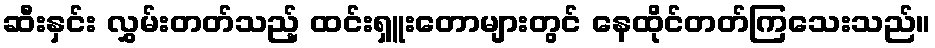
ဆီးနှင်း လွှမ်းတတ်သည့် ထင်းရှူးတောများတွင် နေထိုင်တတ်ကြသေးသည်။